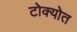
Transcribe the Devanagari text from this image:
टोक्योत